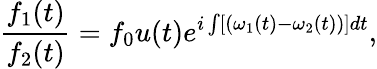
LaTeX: \frac{f_{1}(t)}{f_{2}(t)}=f_{0}u(t)e^{i\int[(\omega_{1}(t)-\omega_{2}(t))]dt},